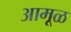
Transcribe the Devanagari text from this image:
आमूळ